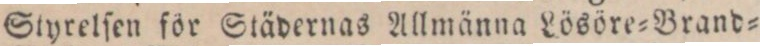
Styrelſen för Städernas Allmänna Lösöre=Brand=